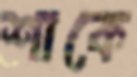
শাকে